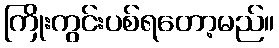
ကြိုးကွင်းပစ်ရတော့မည်။